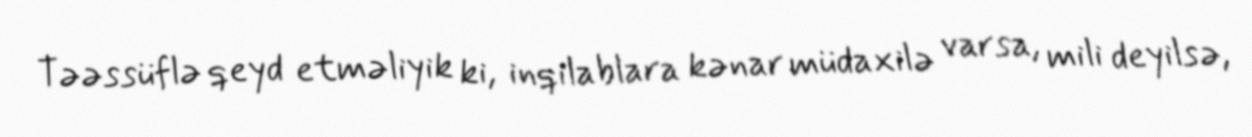
Təəssüflə qeyd etməliyik ki, inqilablara kənar müdaxilə varsa, mili deyilsə,